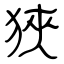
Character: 狹